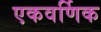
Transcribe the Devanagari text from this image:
एकवर्णिक